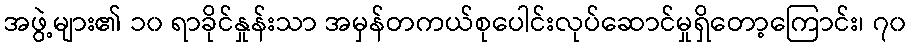
အဖွဲ့များ၏ ၁၀ ရာခိုင်နှုန်းသာ အမှန်တကယ်စုပေါင်းလုပ်ဆောင်မှုရှိတော့ကြောင်း၊ ၇၀